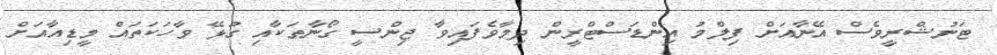
ޓަނުޝްރީވެސް އޭނާއަށް ފިލްމު އިންޑަސްޓްރީން ދިމާވެފައިވާ ޖިންސީ ގޯނާތަކާއި ގުޅޭ ވާހަކަތައް މީޑިއާއަށް